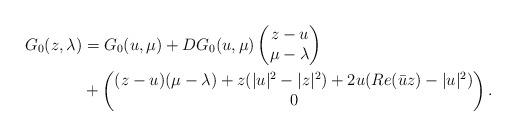
LaTeX: \begin{align*}G_0(z,\lambda) & = G_0(u,\mu) + DG_0(u,\mu)\left( \begin{matrix}z-u \\\mu- \lambda \end{matrix}\right) \\ & + \left( \begin{matrix}(z - u) (\mu - \lambda) + z(|u|^2 - |z|^2) + 2u ( Re(\bar{u}z) - |u|^2) \\0 \end{matrix} \right).\end{align*}